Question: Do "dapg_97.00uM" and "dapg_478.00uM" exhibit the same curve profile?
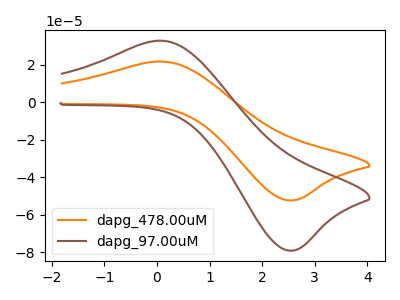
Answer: <think>The orange curve "dapg_478.00uM" has an anodic peak at (0.10V, 21.65uA) and a cathodic peak at (2.60V, -52.25uA). The brown curve "dapg_97.00uM" has an anodic peak at (0.10V, 32.70uA) and a cathodic peak at (2.60V, -79.00uA).
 All the peaks in "dapg_97.00uM" have a peak in "dapg_478.00uM" at the same potential. Every peak in "dapg_97.00uM" is higher than every peak in "dapg_478.00uM".</think>
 <answer>"dapg_97.00uM" and "dapg_478.00uM" are similar in shape.</answer>
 <eval>same_shape</eval>